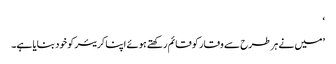
‘
’میں نے ہر طرح سے وقار کو قائم رکھتے ہوئے اپنا کریئر کو خود بنایا ہے۔